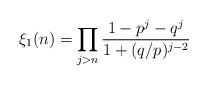
LaTeX: \begin{align*}\xi_1(n) = \prod_{j> n} \frac{1-p^j-q^j}{1 + (q/p)^{j-2}}\end{align*}